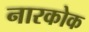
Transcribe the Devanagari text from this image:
नारकोक